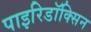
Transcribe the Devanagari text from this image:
पाइरिडॉक्सिन